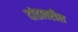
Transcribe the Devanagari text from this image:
दांडावरील